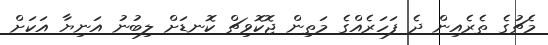
މެޗުގެ ތެރެއިން ދެ ފަހަރެއްގެ މަތިން ޖޮކޮވިޗް ކޮނޑަށް ލިބުނު އަނިޔާ އަކަށް